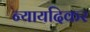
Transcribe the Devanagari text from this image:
न्यायदिकर